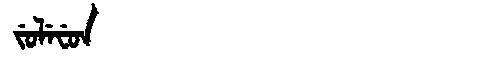
Manchu: ᠵᡠᠯᡝᠸᡠᠨ
Romanization: JULEFUN